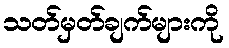
သတ်မှတ်ချက်များကို